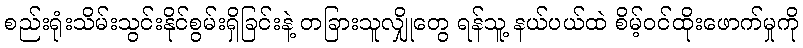
စည်းရုံးသိမ်းသွင်းနိုင်စွမ်းရှိခြင်းနဲ့ တခြားသူလျှိုတွေ ရန်သူ့ နယ်ပယ်ထဲ စိမ့်ဝင်ထိုးဖောက်မှုကို